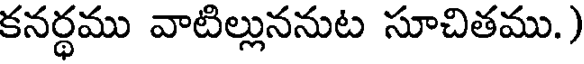
కనర్థము వాటిల్లుననుట సూచితము.)